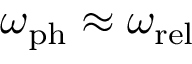
\omega _ { \mathrm { p h } } \approx \omega _ { \mathrm { r e l } }